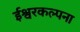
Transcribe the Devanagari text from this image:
ईश्वरकल्पना